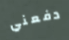
دفعني